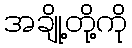
အချို့တို့ကို